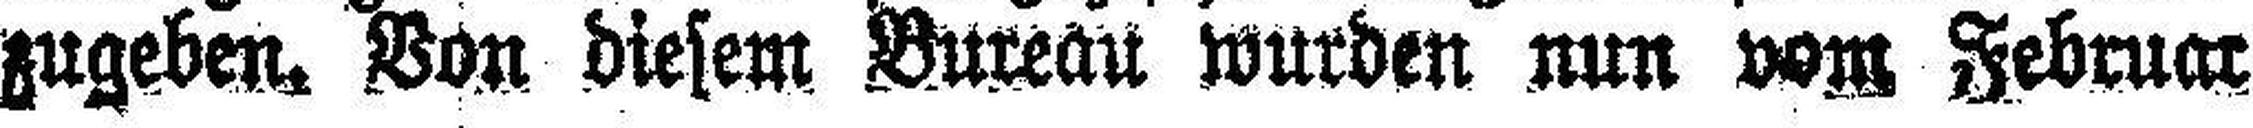
zugeben. Von diesem Bureau wurden nun vom Februar